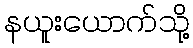
နယူးယောက်သို့